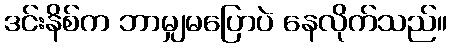
ဒင်းနိစ်က ဘာမျှမပြောပဲ နေလိုက်သည်။